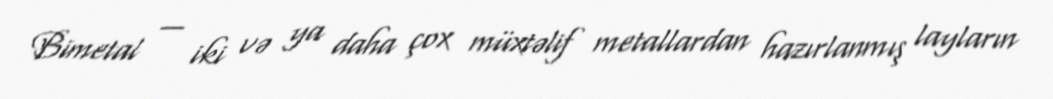
Bimetal — iki və ya daha çox müxtəlif metallardan hazırlanmış layların